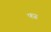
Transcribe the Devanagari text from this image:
फ्ज